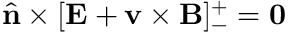
\hat { \mathbf { n } } \times [ \mathbf { E } + \mathbf { v } \times \mathbf { B } ] _ { - } ^ { + } = \mathbf { 0 }